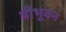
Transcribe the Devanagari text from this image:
त्रीभूवन